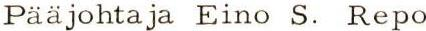
Pääjohtaja Eino S. Repo